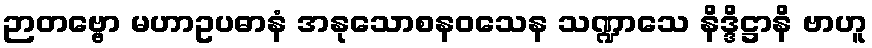
ဉာတဗ္ဗော မဟာဥပဓာနံ အနုသောစနဝသေန သဏ္ဍာသေ နိဒ္ဒိဋ္ဌာနိ ဗာဟူ